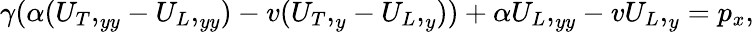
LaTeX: \begin{array}{r}{\gamma(\alpha({U_{T},}_{yy}-{U_{L},}_{yy})-v({U_{T},}_{y}-{U_{L},}_{y}))+\alpha{U_{L},}_{yy}-v{U_{L},}_{y}=p_{x},}\end{array}